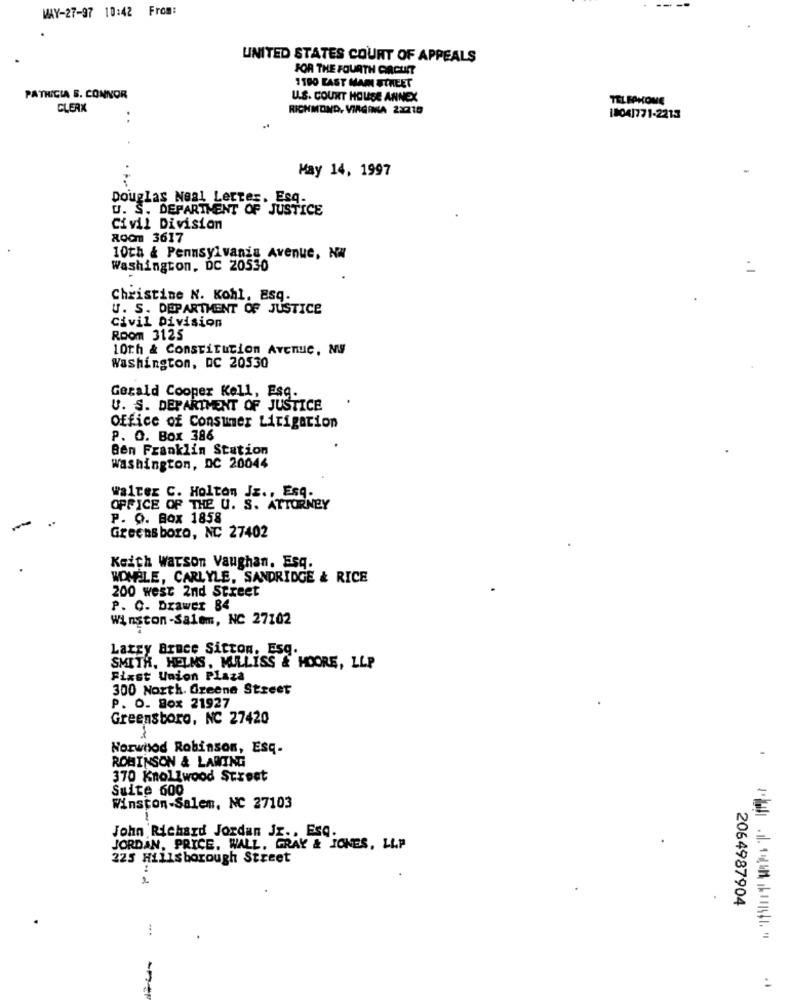
MAY-27-97 10:42 From:
UNITED STATES COURT OF APPEALS
FOR THE FOURTH CIRCUIT
1190 EAST MAIN STREET
PATRICIA S. CONNOR
U.S. COUNT HOUSE ANNEX
TELBAKOME
CLERX
RICHMOND, VIRGINIA 2X210
18041771-2213
May 14, 1997
Douglas Neal Letter. Esq.
U. S. DEPARTMENT OF JUSTICE
Civil Division
Room 3617
10th & Pennsylvania Avenue, NW
Washington, DC 20530
Christine N. Kohl, Esq.
U. S. DEPARTMENT OF JUSTICE
Civil Division
Room 3125
10th & Constitution Avenue, Ny
Washington, DC 20530
Gerald Cooper Kell, Esq.
U. S. DEPARTMENT OF JUSTICE
Office of Consumer Litigation
P. O. Box 386
Ben Franklin Station
washington, DC 20044
walter C. Holton Jz ., Esq.
OFFICE OF THE U. S. ATTORNEY
P. O. Box 1858
Greens boro, NC 27402
Keith Warson Vaughan. Esq.
WOMBLE, CARLYLE, SANDRIDGE & RICE
200 west 2nd Street
P. O. Drawer 84
Winston-Salem, NC 27102
Lazzy Bruce Sicton, Esq.
SMITH, HELMS, MILLISS & MOORE, LLP
Fixst Union Plaza
300 North. Greene Street
P. O. Box 21927
Greensboro, NC 27420
Norwood Robinson, Esq-
ROBINSON & LAWING
370 Knollwood Street
Suite 600
Winston-Salem, NC 27103
John Richard Jordan Jr ., Esq.
JORDAN, PRICE. WALL. GRAY & JONES, LLP
225 Hillsborough Street
2064987904
: